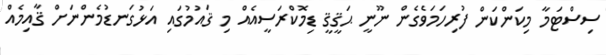
ސިސްޓަމާ މިކަންކަން ފުރިހަމަވެގެން ނޫނީ ޙަޤީޤީ ޑިމޮކްރަސީއެއް މި ޤައުމުގައި އަޅުގަނޑުމެންނަށް ޤާއިމެއް